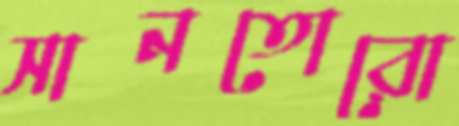
সানতোরো